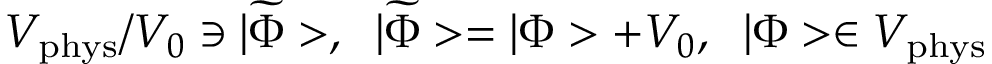
{ \cal V } _ { \mathrm { p h y s } } / { \cal V } _ { 0 } \ni | \widetilde { \Phi } > , \; \; | \widetilde { \Phi } > = | \Phi > + { \cal V } _ { 0 } , \; \; | \Phi > \in { \cal V } _ { \mathrm { p h y s } }